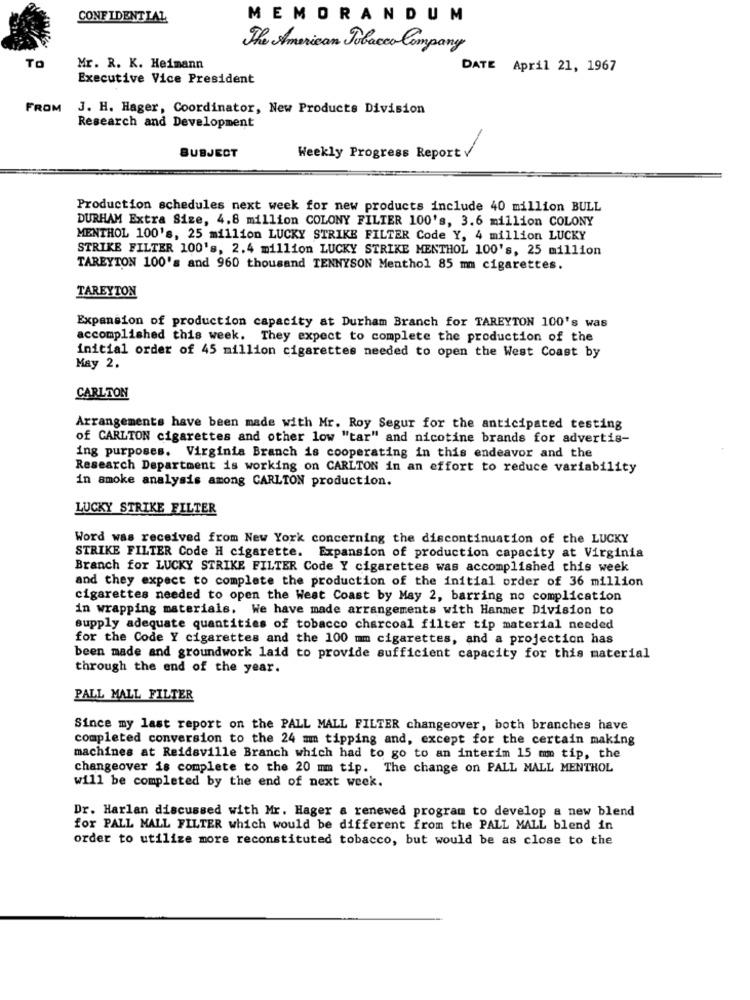
CONFIDENTIAL
MEMORANDUM
The American Tobacco Company
TO
Mr. R. K. Heimann
DATE April 21, 1967
Executive Vice President
FROM
J. H. Hager, Coordinator, New Products Division
Research and Development
SUBJECT
Weekly Progress Report V
Production schedules next week for new products include 40 million BULL
DURHAM Extra Size, 4.8 million COLONY FILTER 100's, 3.6 million COLONY
MENTHOL 100's, 25 million LUCKY STRIKE FILTER Code Y, 4 million LUCKY
STRIKE FILTER 100's, 2.4 million LUCKY STRIKE MENTHOL 100's, 25 million
TAREYTON 100's and 960 thousand TENNYSON Menthol 85 mm cigarettes.
TAREYTON
Expansion of production capacity at Durham Branch for TAREYTON 100's was
accomplished this week. They expect to complete the production of the
initial order of 45 million cigarettes needed to open the West Coast by
May 2.
CARLTON
Arrangements have been made with Mr. Roy Segur for the anticipated testing
of CARLTON cigarettes and other low "tar" and nicotine brands for advertis-
ing purposes. Virginia Branch is cooperating in this endeavor and the
Research Department is working on CARLTON in an effort to reduce variability
in smoke analysis among CARLTON production.
LUCKY STRIKE FILTER
Word was received from New York concerning the discontinuation of the LUCKY
STRIKE FILTER Code H cigarette. Expansion of production capacity at Virginia
Branch for LUCKY STRIKE FILTER Code Y cigarettes was accomplished this week
and they expect to complete the production of the initial order of 36 million
cigarettes needed to open the West Coast by May 2, barring no complication
in wrapping materials. We have made arrangements with Hanmer Division to
supply adequate quantities of tobacco charcoal filter tip material needed
for the Code Y cigarettes and the 100 mm cigarettes, and a projection has
been made and groundwork laid to provide sufficient capacity for this material
through the end of the year.
PALL MALL FILTER
Since my last report on the PALL MALL FILTER changeover, both branches have
completed conversion to the 24 mm tipping and, except for the certain making
machines at Reidsville Branch which had to go to an interim 15 mm tip, the
changeover is complete to the 20 mm tip. The change on PALL MALL MENTHOL
will be completed by the end of next week.
Dr. Harlan discussed with Mr. Hager a renewed program to develop a new blend
for PALL MALL FILTER which would be different from the PALL MALL blend in
order to utilize more reconstituted tobacco, but would be as close to the